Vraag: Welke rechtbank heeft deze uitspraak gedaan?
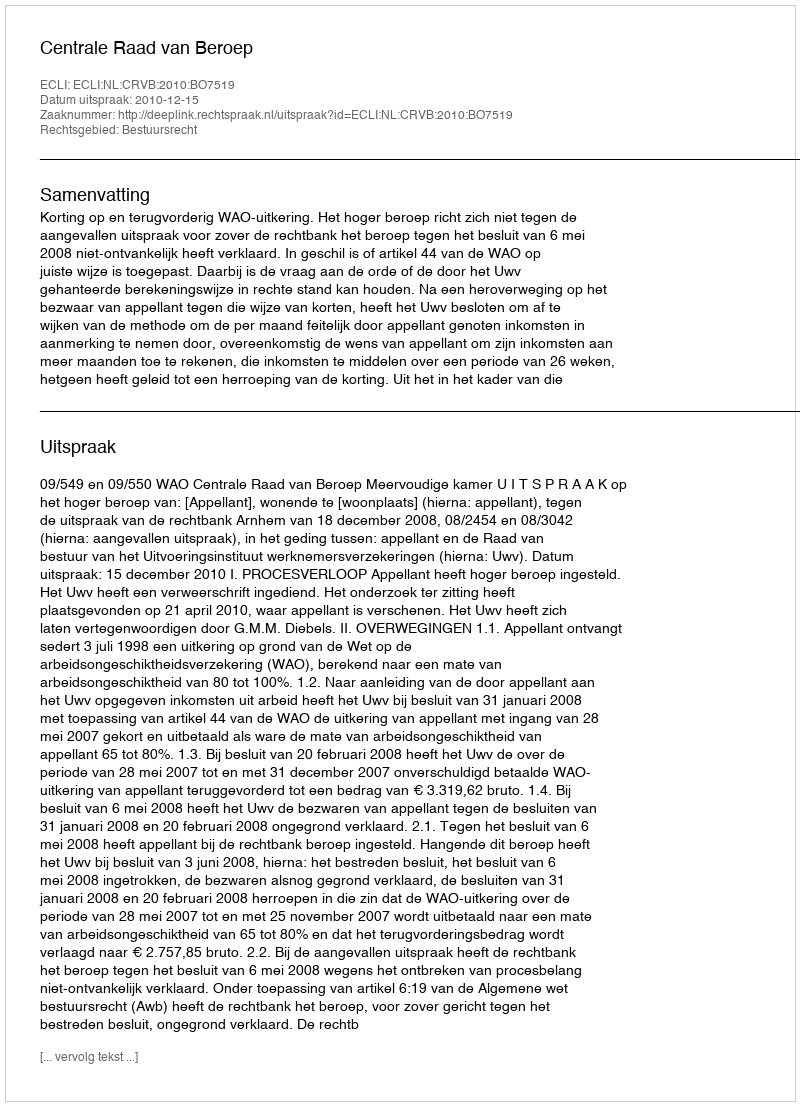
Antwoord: Centrale Raad van Beroep